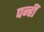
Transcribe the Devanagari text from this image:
पन्हीं